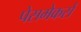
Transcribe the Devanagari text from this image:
पेसमेकर्स